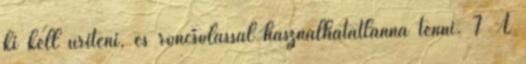
ki kell üríteni, és roncsolással használhatatlanná tenni. 7 A